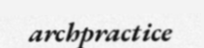
archpractice